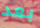
بعد